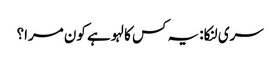
سری لنکا: یہ کس کا لہو ہے کون مرا؟